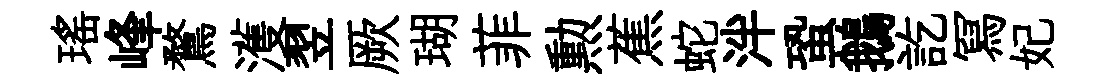
瑶峰鶩濩翌厥瑚菲勲蕉蛇泮蛩鵝訖冩妃